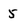
Character: 5